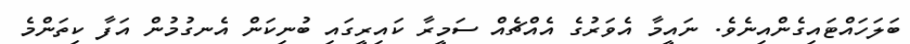
ބަލަހައްޓައިގެންއިނެވެ. ނައީމާ އެވަރުގެ އެއްޗެއް ސަމީރާ ކައިރީގައި ބުނިކަން އެނގުމުން އަފާ ކިތަންމެ